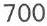
700